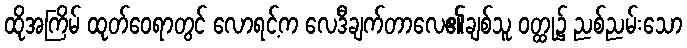
ထိုအကြိမ် ထုတ်ဝေရာတွင် လောရင့်က လေဒီချက်တာလေ၏ချစ်သူ ဝတ္ထု၌ ညစ်ညမ်းသော